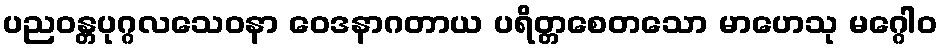
ပညဝန္တပုဂ္ဂလသေဝနာ ဝေဒနာဂတာယ ပရိတ္တစေတသော မာဟေသု မဂ္ဂေါဝ